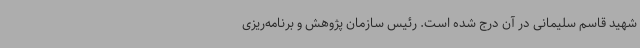
شهید قاسم سلیمانی در آن درج شده است. رئیس سازمان پژوهش و برنامه‌ریزی